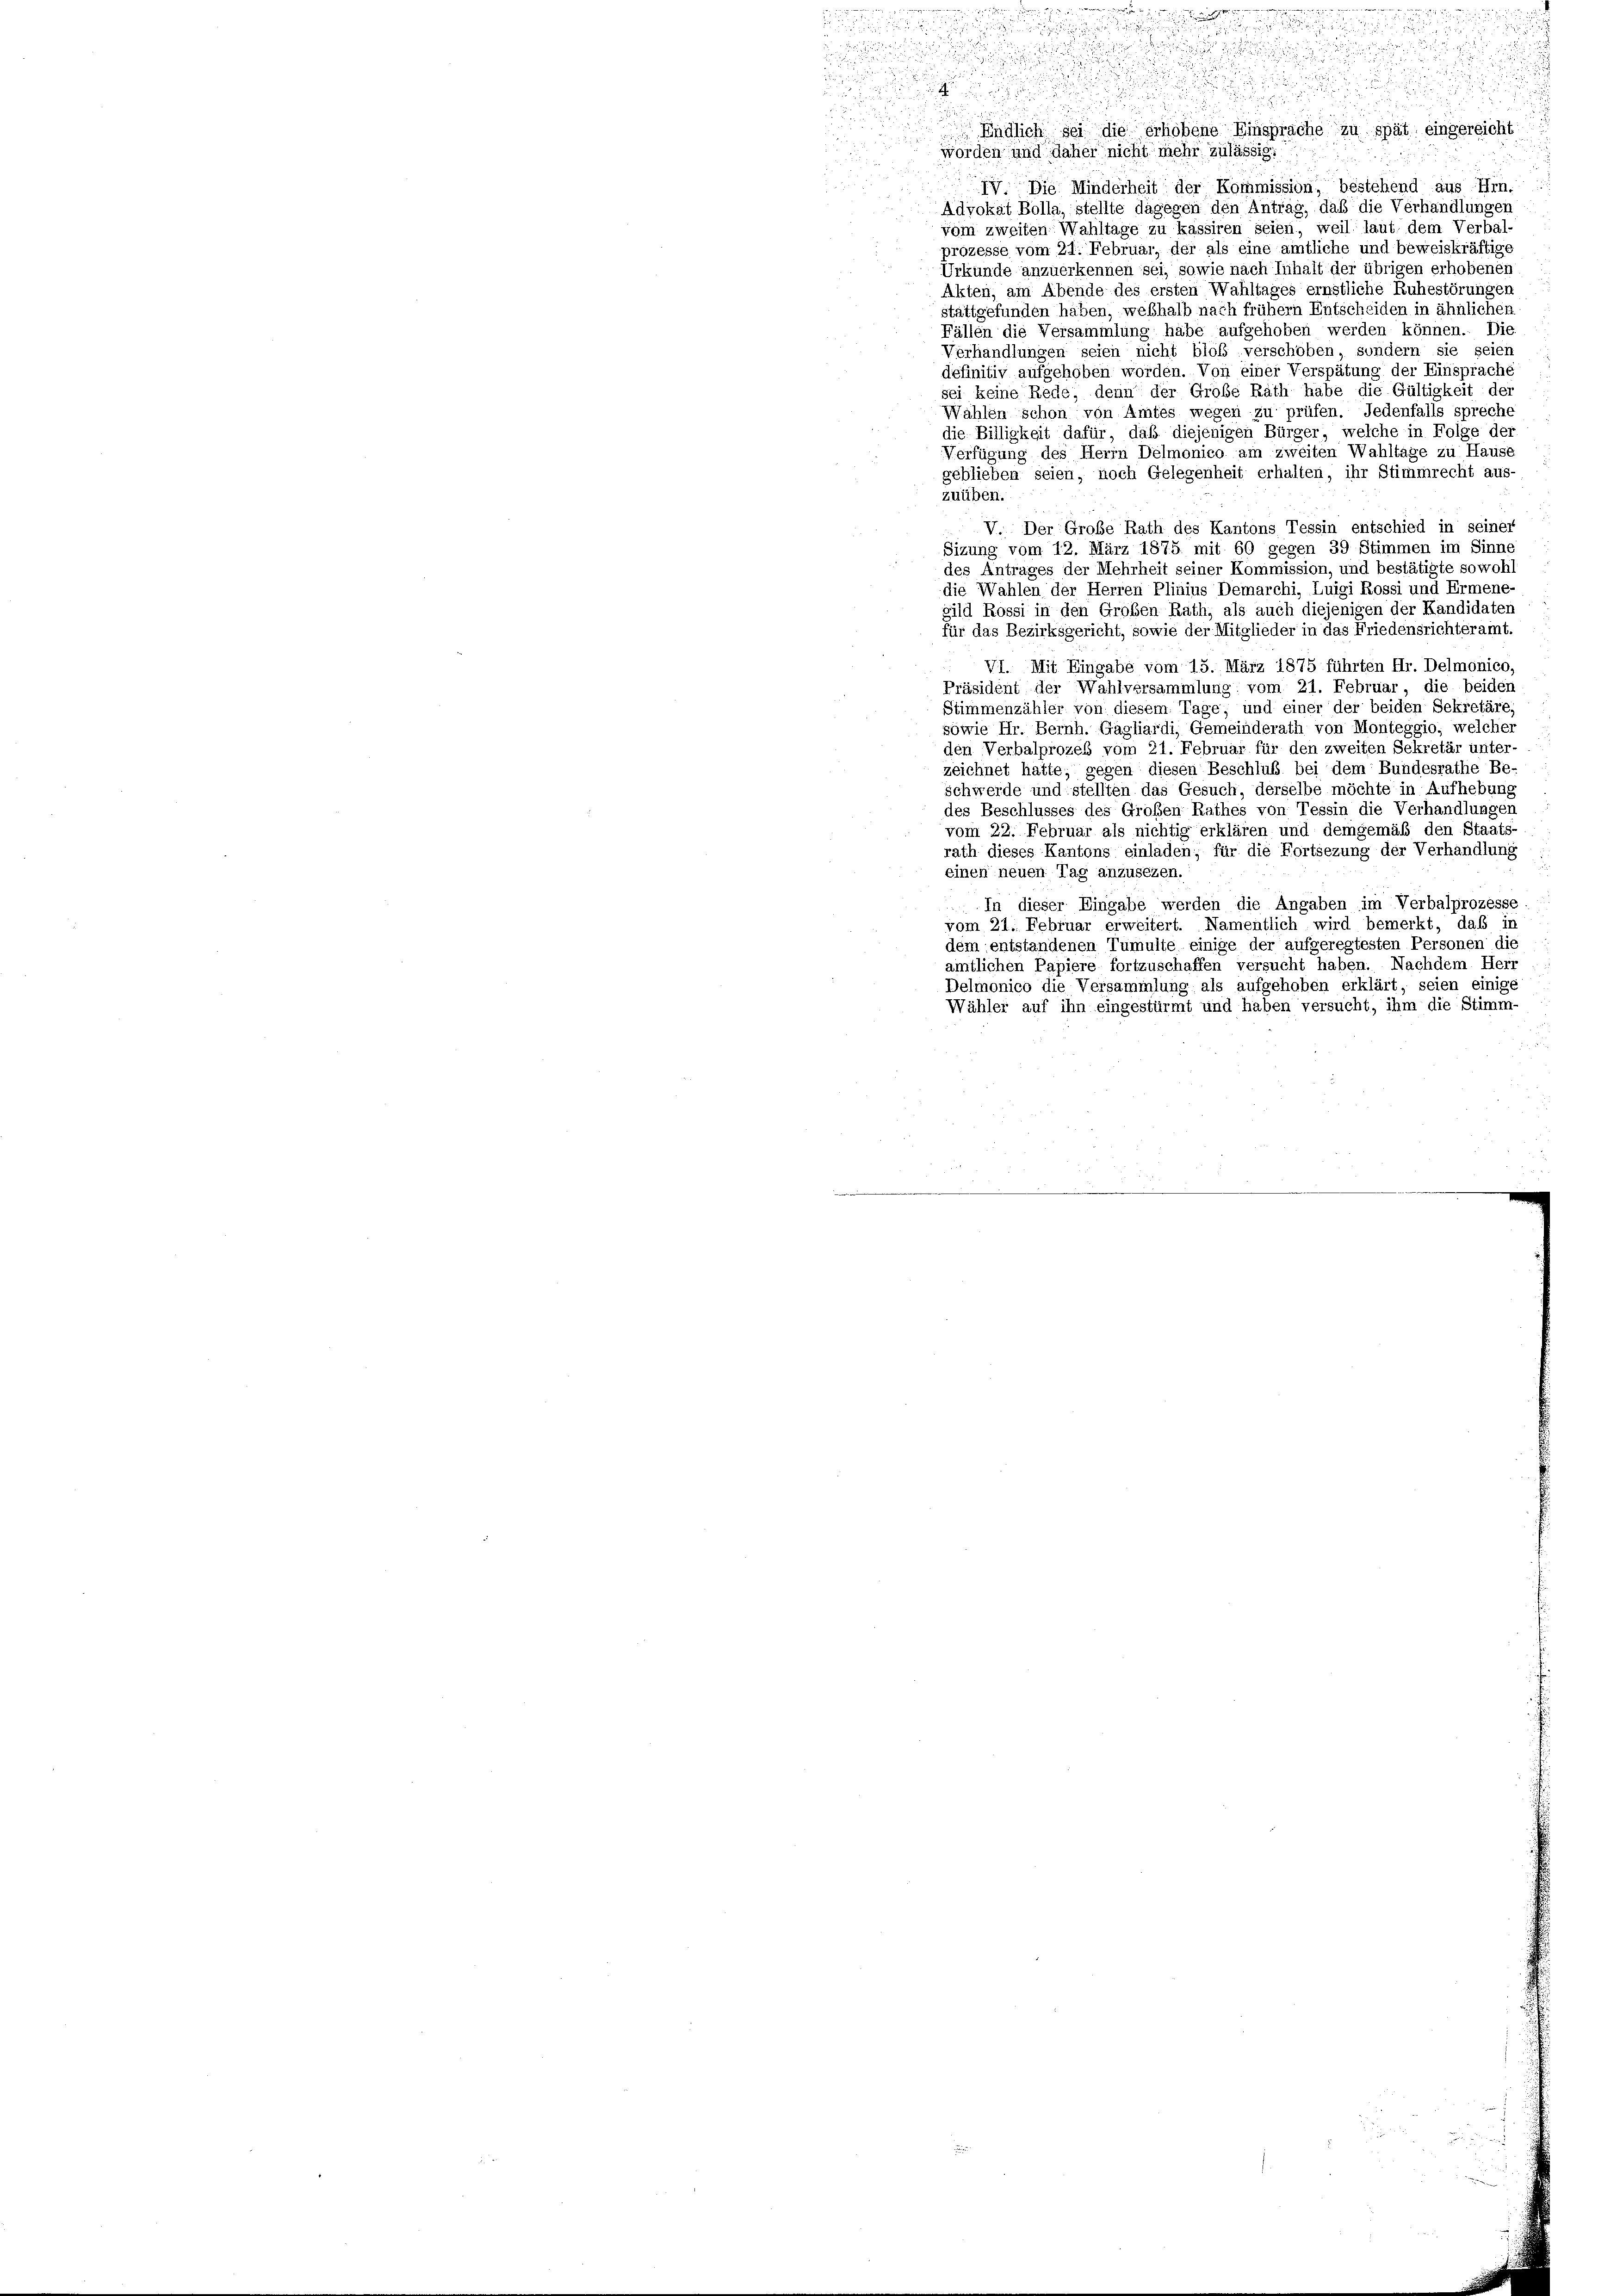
eüder der i

i

Endlich sei die erhobene Einsprache zu spät eingereicht
worden und daher nicht mehr zulässig.
Die Minderheit der Kommission, bestehend aus Hrn.
Advokat Bolla, stellte dagegen den Antrag, daß die Verhandlungen
vom zweiten Wahltage zu kassiren seien, weil laut dem Verbal-
prozesse vom 21. Februar, der als eine amtliche und beweiskräftig,
Urkunde anzuerkennen sei, sowie nach Inhalt der übrigen erhobenen
Akten, am Abende des ersten Wahltages ernstliche Ruhestörungen
stattgefunden haben, weshalb nach frühem Entscheiden in ähnlichen
Fällen die Versammlung habe aufgehoben werden können. Die
Verhandlungen seien nicht bloß verschoben, sondern sie seien
definitiv aufgehoben worden. Von einer Verspätung der Einsprache
sei keine Rede, denn der Große Rath habe die Gültigkeit der
Wahlen schon von Amtes wegen zu prüfen. Jedenfalls spreche
die Billigkeit dafür, daß diejenigen Bürger, welche in Folge der
Verfügung des Herrn Delmonico am zweiten Wahltage zu Hause
geblieben seien, noch Gelegenheit erhalten, ihr Stimmrecht aus-
zuüben.
V. Der Große Rath des Kantons Tessin entschied in seiner
Sizung vom 12. März 1875 mit 60 gegen 39 Stimmen im Sinne
des Antrages der Mehrheit seiner Kommission, und bestätigte sowohl
die Wahlen der Herren Plinius Demarchi, Luigi Rossi und Ermene-
gild Rossi in den Großen Rath, als auch diejenigen der Kandidaten
für das Bezirksgericht, sowie der Mitglieder in das Friedensrichteramt,
VI. Mit Eingabe vom 15. März 1875 führten Hr. Delmonico,
Präsident der Wahlversammlung: vom 21. Februar, die beiden
Stimmenzähler von diesem Tage, und einer der beiden Sekretäre
sowie Hr. Bernh. Gagliardi, Gemeinderath von Monteggio, welcher
den Verbalprozes vom 21. Februar für den zweiten Sekretär unter-
zeichnet hatte, gegen diesen Beschluß bei dem Bundesrathe Be-
Schwerde und stellten das Gesuch, derselbe möchte in Aufhebung
des Beschlusses des Großen Rathes von Tessin die Verhandlungen
vom 22. Februar als nichtig erklären und demgemäß den Staats
rath dieses Kantons einladen, für die Fortsezung der Verhandlung
einen neuen Tag anzusezen.
In dieser Eingabe werden die Angaben im Verbalprozesse
vom 21. Februar erweitert. Namentlich wird bemerkt, daß in
dem entstandenen Tumulte einige der aufgeregtesten Personen die
amtlichen Papiere fortzuschaffen versucht haben. Nachdem Herr
Delmonico die Versammlung als aufgehoben erklärt, seien einige
Wähler auf ihn eingestürmt und haben versucht, ihm die Stimm-

u

d